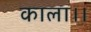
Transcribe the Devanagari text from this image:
काला।।